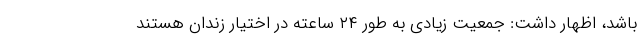
باشد، اظهار داشت: جمعیت زیادی به طور ۲۴ ساعته در اختیار زندان هستند